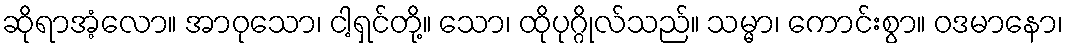
ဆိုရာအံ့လော။ အာဝုသော၊ ငါ့ရှင်တို့။ သော၊ ထိုပုဂ္ဂိုလ်သည်။ သမ္မာ၊ ကောင်းစွာ။ ဝဒမာနော၊